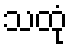
သထုံ